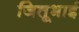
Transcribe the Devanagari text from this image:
जितूभाई